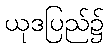
ယုဒပြည်၌